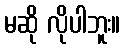
မဆို လိုပါဘူး။